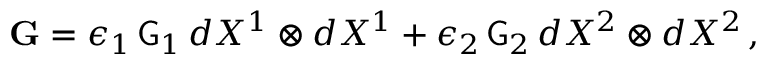
\mathbf { G } = \epsilon _ { 1 } \, \mathsf { G } _ { 1 } \, d X ^ { 1 } \otimes d X ^ { 1 } + \epsilon _ { 2 } \, \mathsf { G } _ { 2 } \, d X ^ { 2 } \otimes d X ^ { 2 } \, ,